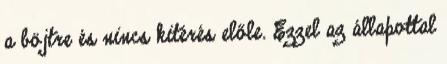
a böjtre és nincs kitérés előle. Ezzel az állapottal